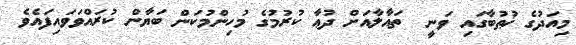
މިއަދުގެ ޚުޠުބާގައި ވަނީ  ތައާލާއަށް ދުޢާ ކުރުމުގެ މުހިންމުކަން ބަޔާން ކުރައްވަވައިފައެވެ